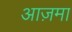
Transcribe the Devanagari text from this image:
आज़मा